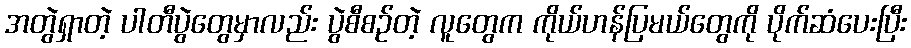
အတွဲရှာတဲ့ ပါတီပွဲတွေမှာလည်း ပွဲစီစဉ်တဲ့ လူတွေက ကိုယ်ဟန်ပြမယ်တွေကို ပိုက်ဆံပေးပြီး